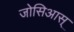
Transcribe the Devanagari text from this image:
जोसिआस्